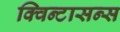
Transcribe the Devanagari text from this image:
क्विन्टासन्स